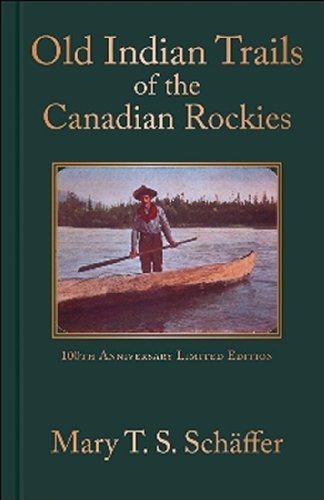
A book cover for Old Indian Trails of the Canadian Rockies: 100th Anniversary Limited Edition (Mountain Classics Collection); Mary Schaffer; Biographies & Memoirs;